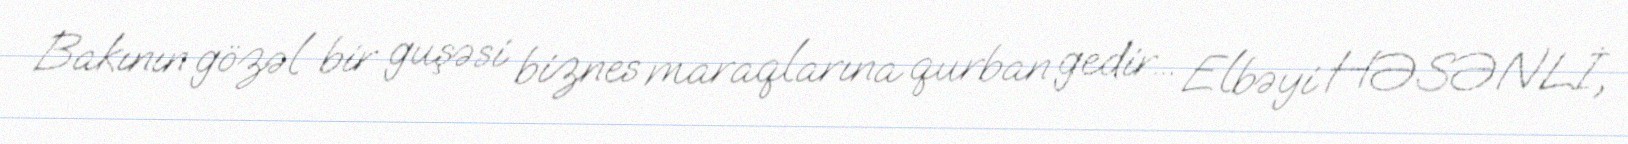
Bakının gözəl bir guşəsi biznes maraqlarına qurban gedir... Elbəyi HƏSƏNLİ,